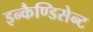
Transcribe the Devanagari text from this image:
इन्कैण्डिसेन्ट